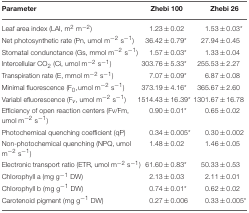
<table><thead><tr><td><b>Parameter</b></td><td><b>Zhebi 100</b></td><td><b>Zhebi 26</b></td></tr></thead><tbody><tr><td>Leaf area index (LAI, m<sup>2</sup> m<sup>−2</sup>)</td><td>1.23 ± 0.02</td><td>1.53 ± 0.03<sup>*</sup></td></tr><tr><td>Net photosynthetic rate (Pn, umol m<sup>−2</sup> s<sup>−1</sup>)</td><td>36.42 ± 0.79<sup>*</sup></td><td>27.94 ± 0.45</td></tr><tr><td>Stomatal condunctance (Gs, mmol m<sup>−2</sup> s<sup>−1</sup>)</td><td>1.57 ± 0.03<sup>*</sup></td><td>1.33 ± 0.04</td></tr><tr><td>Intercellular CO<sub>2</sub> (Ci, umol m<sup>−2</sup> s<sup>−1</sup>)</td><td>303.76 ± 5.33<sup>*</sup></td><td>255.53 ± 2.27</td></tr><tr><td>Transpiration rate (E, mmol m<sup>−2</sup> s<sup>−1</sup>)</td><td>7.07 ± 0.09 <sup>*</sup></td><td>6.87 ± 0.08</td></tr><tr><td>Minimal fluorescence (F0,umol m<sup>−2</sup> s<sup>−1</sup>)</td><td>373.19 ± 4.16<sup>*</sup></td><td>365.67 ± 2.60</td></tr><tr><td>Variabl efluorescence (F<i>v</i>, umol m<sup>−2</sup> s<sup>−1</sup>)</td><td>1514.43 ± 16.39<sup>*</sup></td><td>1301.67 ± 16.78</td></tr><tr><td>Efficiency of open reaction centers (Fv/Fm, umol m<sup>−2</sup> s<sup>−1</sup>)</td><td>0.90 ± 0.01<sup>*</sup></td><td>0.65 ± 0.02</td></tr><tr><td>Photochemical quenching coefficient (qP)</td><td>0.34 ± 0.005<sup>*</sup></td><td>0.30 ± 0.002</td></tr><tr><td>Non-photochemical quenching (NPQ, umol m<sup>−2</sup> s<sup>−1</sup>)</td><td>1.48 ± 0.02</td><td>1.46 ± 0.05</td></tr><tr><td>Electronic transport ratio (ETR, umol m<sup>−2</sup> s<sup>−1</sup>)</td><td>61.60 ± 0.83<sup>*</sup></td><td>50.33 ± 0.53</td></tr><tr><td>Chlorophyll a (mg g<sup>−1</sup> DW)</td><td>2.13 ± 0.03</td><td>2.11 ± 0.01</td></tr><tr><td>Chlorophyll b (mg g<sup>−1</sup> DW)</td><td>0.74 ± 0.01<sup>*</sup></td><td>0.62 ± 0.02</td></tr><tr><td>Carotenoid pigment (mg g<sup>−1</sup> DW)</td><td>0.27 ± 0.006</td><td>0.33 ± 0.005<sup>*</sup></td></tr></tbody></table>